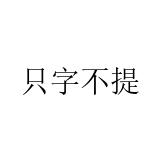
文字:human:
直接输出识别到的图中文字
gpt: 只字不提